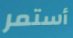
أستمر